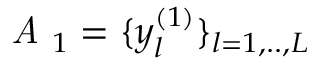
\textit { A } _ { 1 } = \{ y _ { l } ^ { ( 1 ) } \} _ { l = 1 , . . , L }